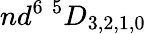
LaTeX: nd^{6}~{}^{5}D_{3,2,1,0}